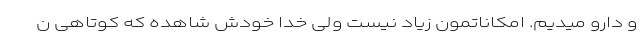
و دارو میدیم. امکاناتمون زیاد نیست ولی خدا خودش شاهده که کوتاهی ن